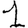
Digit: 1